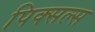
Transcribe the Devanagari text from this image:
पिक्सल्स